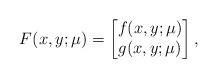
LaTeX: \begin{align*}F(x,y;\mu) = \begin{bmatrix} f(x,y;\mu) \\ g(x,y;\mu) \end{bmatrix},\end{align*}